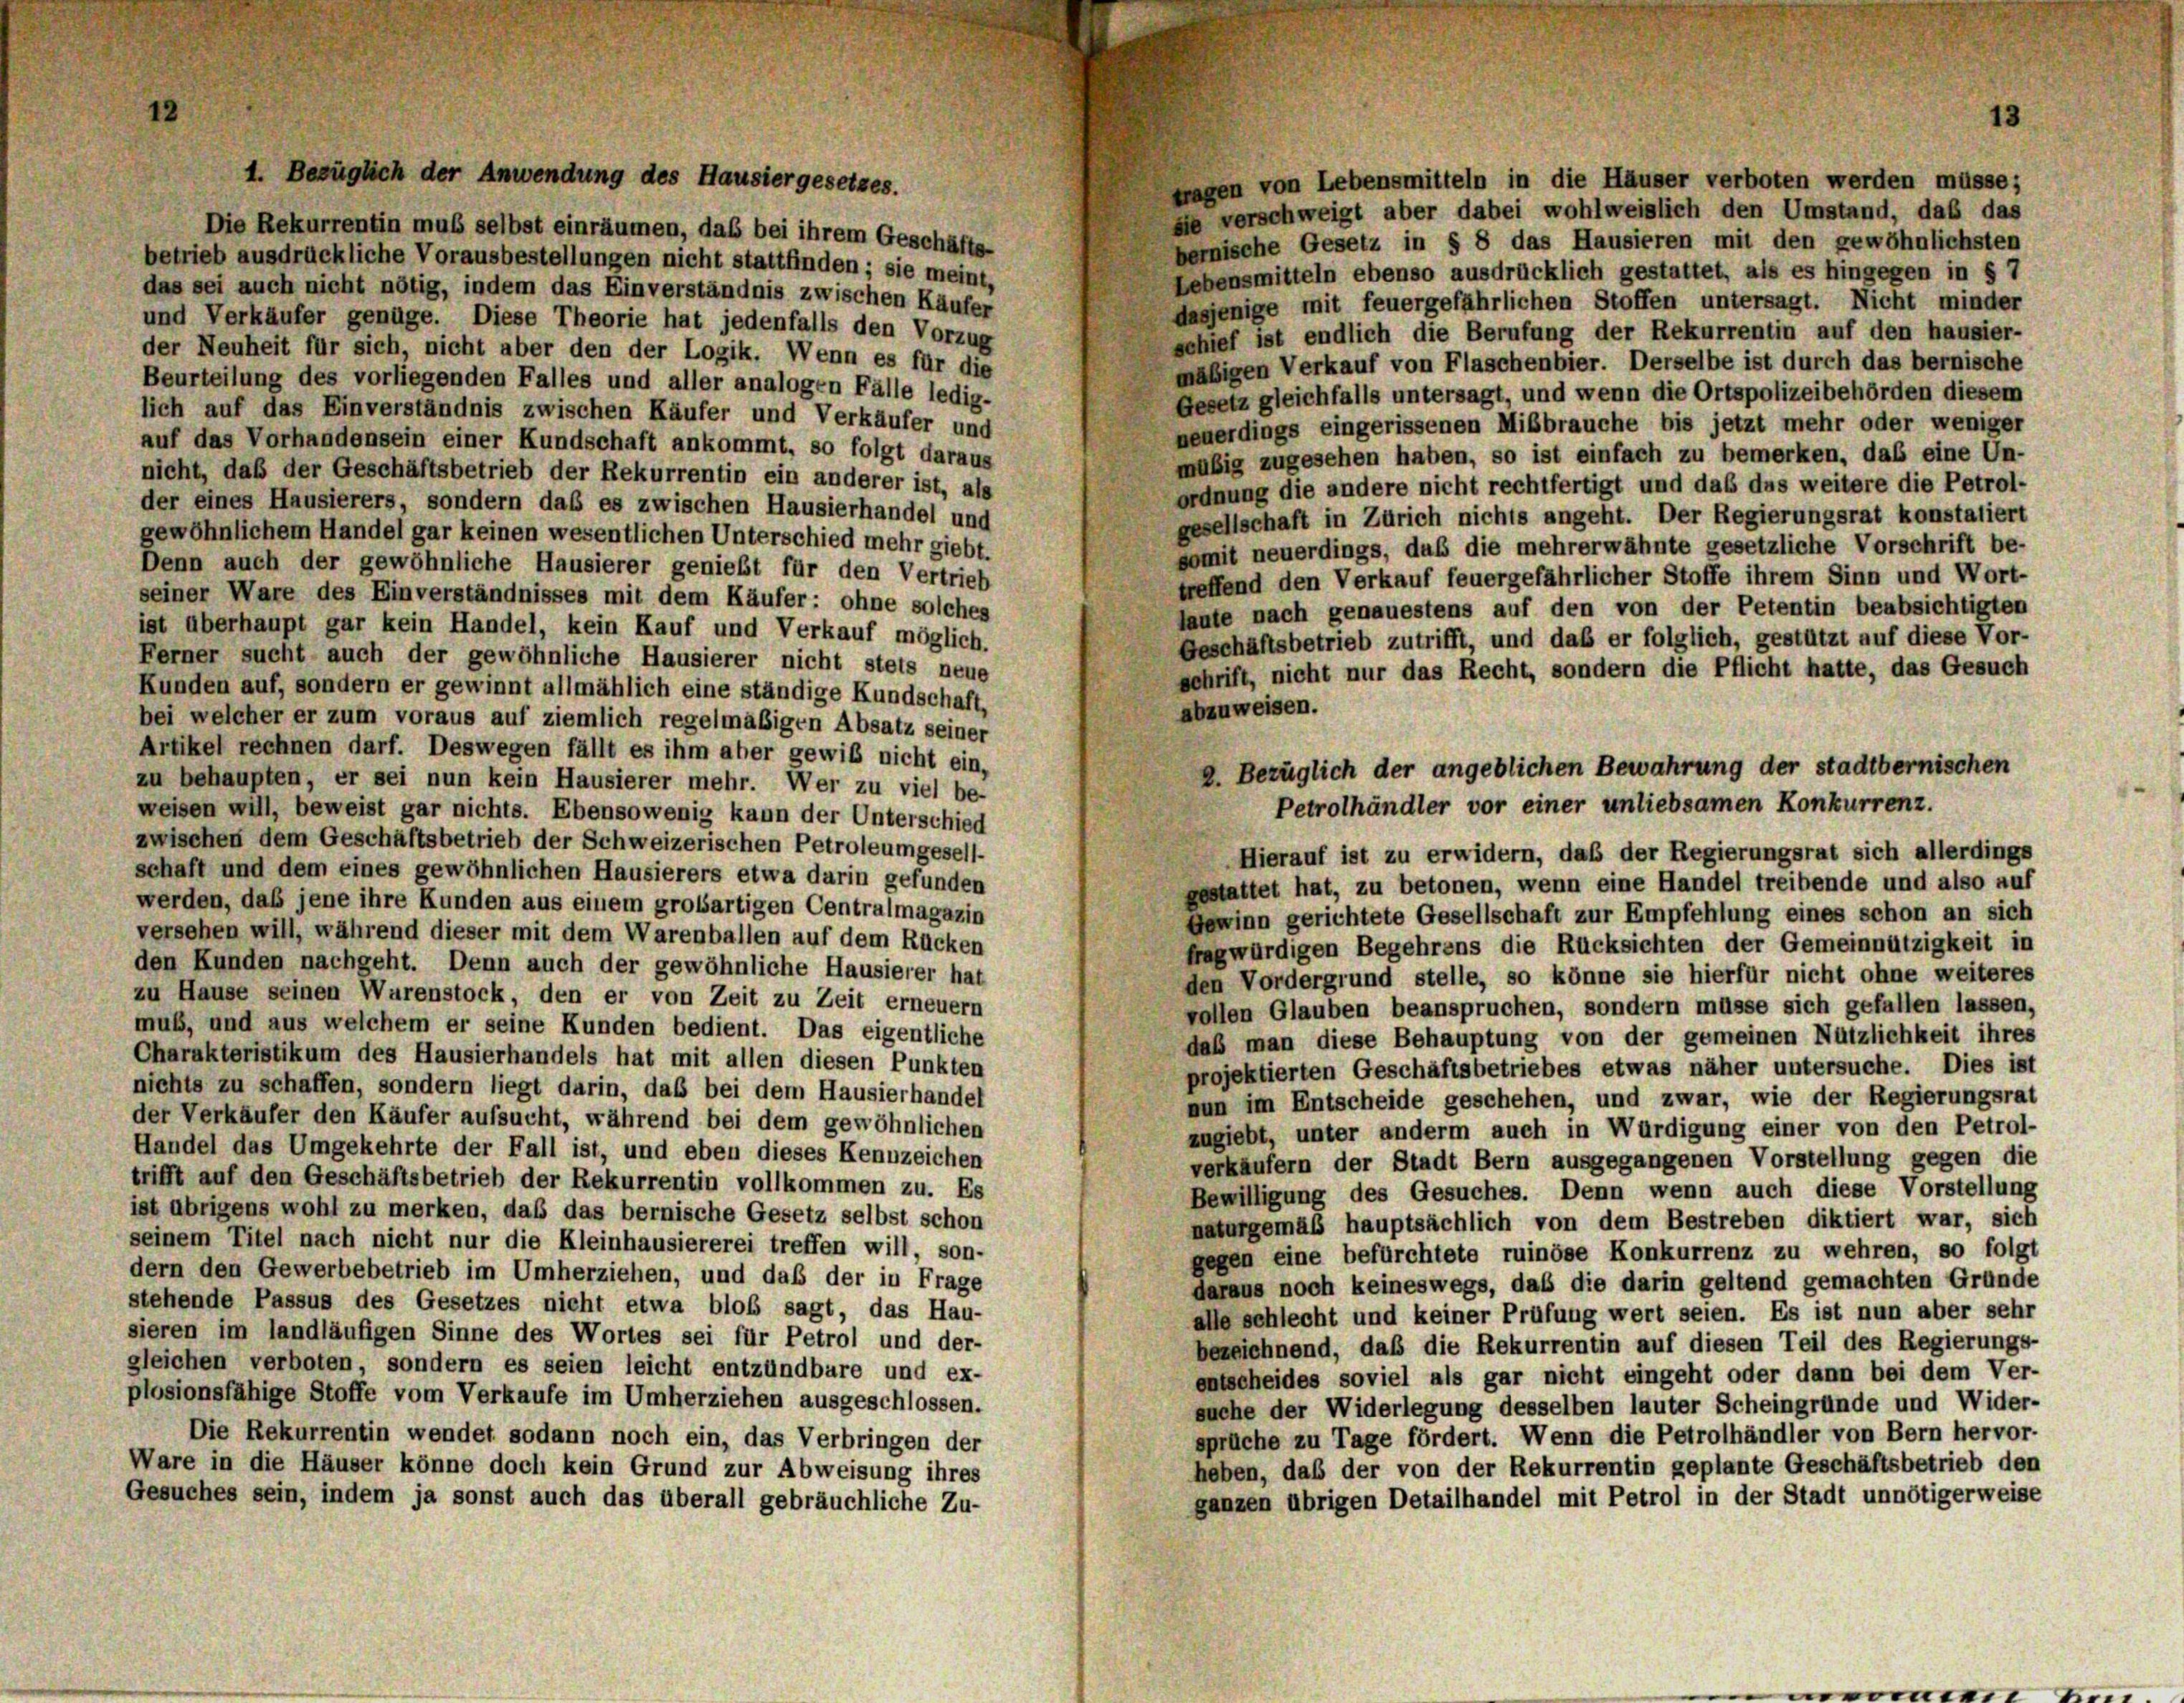
wagen von Lebensmitteln in die Häuser verboten werden müsse;
sie verschweigt aber dabei wohlweislich den Umstand, daß das
Die Rekurrentin muß selbst einräumen, daß bei ihrem Geschäfts-
bernische Gesetz in § 8 das Hausieren mit den gewöhnlichsten
betrieb ausdrückliche Vorausbestellungen nicht stattfinden; sie meint,
Lebensmitteln ebenso ausdrücklich gestattet, als es hingegen in § 7
das sei auch nicht nötig, indem das Einverständnis zwischen Käufer
dasjenige mit feuergefährlichen Stoffen untersagt. Nicht minder
und Verkäufer genüge. Diese Theorie hat jedenfalls den Vorzug
schief ist endlich die Berufung der Rekurrentin auf den hausier-
der Neuheit für sich, nicht aber den der Logik. Wenn es für die
mäßigen Verkauf von Flaschenbier. Derselbe ist durch das bernische
Beurteilung des vorliegenden Falles und aller analogen Fälle ledig-
Gesetz gleichfalls untersagt, und wenn die Ortspolizeibehörden diesem
lich auf das Einverständnis zwischen Käufer und Verkäufer und
neuerdings eingerissenen Mißbrauche bis jetzt mehr oder weniger
auf das Vorhandensein einer Kundschaft ankommt, so folgt daraus
mäßig zugesehen haben, so ist einfach zu bemerken, daß eine Un-
nicht, daß der Geschäftsbetrieb der Rekurrentin ein anderer ist, als
ordnung die andere nicht rechtfertigt und das das weitere die Petrol-
der eines Hausierers, sondern das es zwischen Hausierhandel und
gesellschaft in Zürich nichts angeht. Der Regierungsrat konstatiert
gewöhnlichem Handel gar keinen wesentlichen Unterschied mehr giebt.
somit neuerdings, daß die mehrerwähnte gesetzliche Vorschrift be-
Denn auch der gewöhnliche Hausierer genießt für den Vertrieb
treffend den Verkauf feuergefährlicher Stoffe ihrem Sinn und Wort-
seiner Ware des Einverständnisses mit dem Käufer: ohne solches
laute nach genauestens auf den von der Petentin beabsichtigten
ist überhaupt gar kein Handel, kein Kauf und Verkauf möglich.
Geschäftsbetrieb zutrifft, und daß er folglich, gestützt auf diese Vor-
Ferner sucht auch der gewöhnliche Hausierer nicht stets neue
schrift, nicht nur das Recht, sondern die Pflicht hatte, das Gesuch
Kunden auf, sondern er gewinnt allmählich eine ständige Kundschaft,
abzuweisen.
bei welcher er zum voraus auf ziemlich regelmäßigen Absatz seiner
Artikel rechnen darf. Deswegen fällt es ihm aber gewiß nicht ein,
zu behaupten, er sei nun kein Hausierer mehr. Wer zu viel be-
weisen will, beweist gar nichts. Ebensowenig kann der Unterschied
zwischen dem Geschäftsbetrieb der Schweizerischen Petroleumgesell-
Hierauf ist zu erwidern, daß der Regierungsrat sich allerdings
schaft und dem eines gewöhnlichen Hausierers etwa darin gefunden
gestattet hat, zu betonen, wenn eine Handel treibende und also auf
werden, daß jene ihre Kunden aus einem großartigen Centralmagazin
Gewinn gerichtete Gesellschaft zur Empfehlung eines schon an sich
versehen will, während dieser mit dem Warenballen auf dem Rücken
frag würdigen Begehrens die Rücksichten der Gemeinnützigkeit in
den Kunden nachgeht. Denn auch der gewöhnliche Hausierer hat
den Vordergrund stelle, so könne sie hierfür nicht ohne weiteres
zu Hause seinen Warenstock, den er von Zeit zu Zeit erneuern
vollen Glauben beanspruchen, sondern müsse sich gefallen lassen,
muß, und aus welchem er seine Kunden bedient. Das eigentliche
daß man diese Behauptung von der gemeinen Nützlichkeit ihres
Charakteristikum des Hausierhandels hat mit allen diesen Punkten
projektierten Geschäftsbetriebes etwas näher untersuche. Dies ist
nichts zu schaffen, sondern liegt darin, daß bei dem Hausierhandel
nun im Entscheide geschehen, und zwar, wie der Regierungsrat
der Verkäufer den Käufer aufsucht, während bei dem gewöhnlichen
zugiebt, unter anderm auch in Würdigung einer von den Petrol-
Handel das Umgekehrte der Fall ist, und eben dieses Kennzeichen
verkäufern der Stadt Bern ausgegangenen Vorstellung gegen die
trifft auf den Geschäftsbetrieb der Rekurrentin vollkommen zu. Es
Bewilligung des Gesuches. Denn wenn auch diese Vorstellung
ist übrigens wohl zu merken, daß das bernische Gesetz selbst schon
naturgemäß hauptsächlich von dem Bestreben diktiert war, sich
seinem Titel nach nicht nur die Kleinhausiererei treffen will, son-
gegen eine befürchtete ruinöse Konkurrenz zu wehren, so folgt
dern den Gewerbebetrieb im Umherziehen, und daß der in Frage
daraus noch keineswegs, daß die darin geltend gemachten Gründe
stehende Passus des Gesetzes nicht etwa bloß sagt, das Hau-
alle schlecht und keiner Prüfung wert seien. Es ist nun aber sehr
sieren im landläufigen Sinne des Wortes sei für Petrol und der-
bezeichnend, daß die Rekurrentin auf diesen Teil des Regierungs-
gleichen verboten, sondern es seien leicht entzündbare und ex-
entscheides soviel als gar nicht eingeht oder dann bei dem Ver-
plosionsfähige Stoffe vom Verkaufe im Umherziehen ausgeschlossen.
suche der Widerlegung desselben lauter Scheingründe und Wider-
Die Rekurrentin wendet sodann noch ein, das Verbringen der
sprüche zu Tage fördert. Wenn die Petrolhändler von Bern hervor-
Ware in die Häuser könne doch kein Grund zur Abweisung ihres
heben, daß der von der Rekurrentin geplante Geschäftsbetrieb den
Gesuches sein, indem ja sonst auch das überall gebräuchliche Zu-
ganzen übrigen Detailhandel mit Petrol in der Stadt unnötigerweise

1. Bezüglich der Anwendung des Hausiergesetzes.

2. Bezüglich der angeblichen Bewahrung der stadtbernischen
Petrolhändler vor einer unliebsamen Konkurrenz.

13